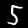
Label: 5